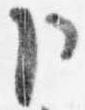
卜